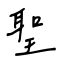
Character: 聖